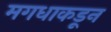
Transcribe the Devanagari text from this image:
मगधाकडून